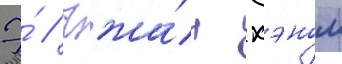
Э́ // Чжа́н хэном